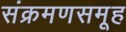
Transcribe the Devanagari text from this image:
संक्रमणसमूह